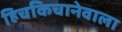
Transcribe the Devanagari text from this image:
हिचकिचानेवाला